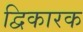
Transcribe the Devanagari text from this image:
द्विकारक